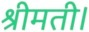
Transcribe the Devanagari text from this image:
श्रीमती।